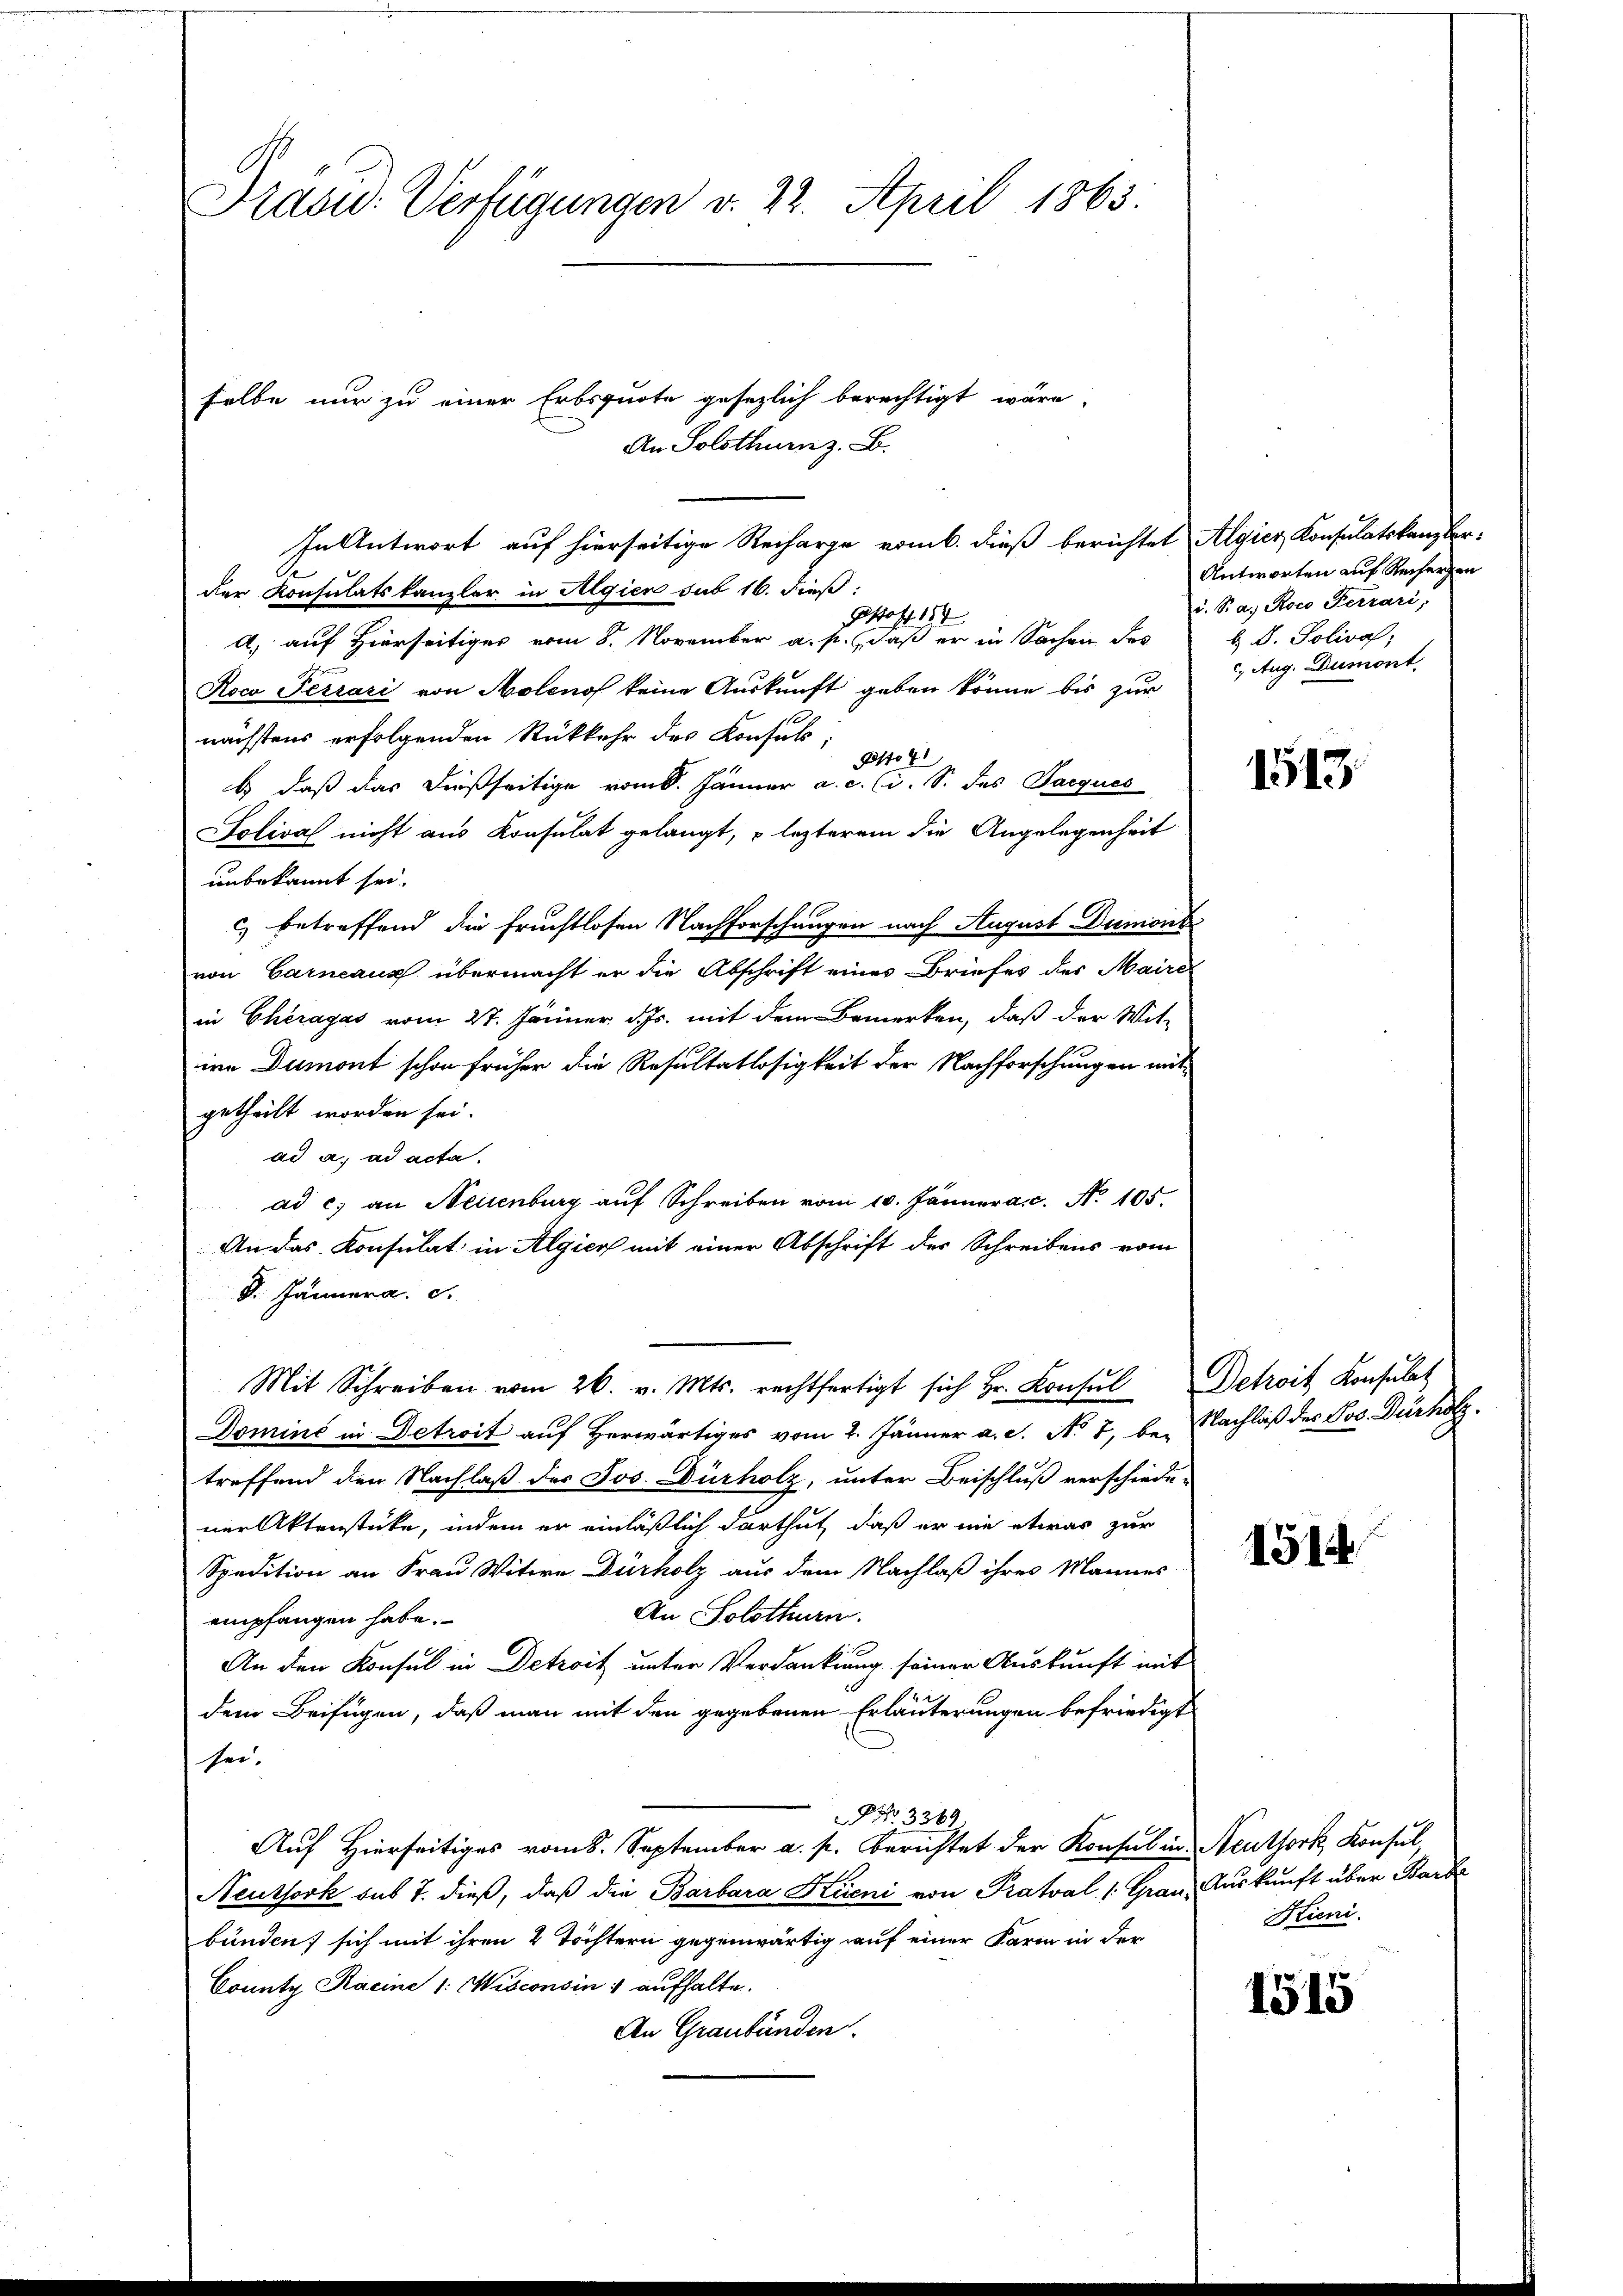
Prasid. Verfügungen v. 22. April 1863.

selbe nur zu einer Erbsquote gesezlich berechtigt wäre,
An Solothurn z. B.

In Antwort auf hierseitige Recharge vom 6. dieß berichtet Algier Konsulatskanzler-
der Konsulatskanzler in Algien sub 16. dieß:
Gstoff 194
A. auf Hierseitiges vom 8. November a. p., daß er in Sachen des
Roca Terrari von Moleno keine Auskunft geben könne bis zur
nächstens erfolgenden Rückkehr des Konsul-
Post 4
b.) daß das dießseitige vom 8. Jänner a. c. (s. S. des Jacques
olival nicht aus Konsulat gelangt, lezterem die Angelegenheit
unbekannt sei.
 betreffend die Fruchtlosen Nachforschungen nach August Dumont
von Garneaux übermacht er die Abschrift eines Briefes des Maire
in Cherayas vom 27. Jänner d. Js. mit dem Bemerken, daß der Wit-
ire Dumont schon früher die Resultatlosigkeit der Nachforschungen mit
getheilt worden sei.
ad a. ad acta.
ad c) an Neuenburg auf Schreiben vom 10. Jänner a.c. No. 105.
An das Konsulat in Algier mit einer Abschrift des Schreibens vom
D. Jännera. S.
Mit Schreiben vom 26. v. Mts. rechtfertigt sich Hr. Konsŭl Petroit Konsulat
Domini in Detroit auf Herwärtiges vom 2. Jänner a. c. No. 7, be- Nachlaß des Jos. Dürholz
treffend den Nachlaß des Jos. Dürholz, unter Beischluß verschiede-
ner Aktenstücke, indem er einläßlich darthut, daß er nie etwas zur
Spedition an Frau Witwe Dürholz aus dem Nachlaß ihres Mannes
An Solothurn.
empfangen habe.
An den Konsul in Detroit unter Verdankung seiner Auskunft mit
dem Beifügen, daß man mit den gegebenen Erläuterungen befriedigt
sei.
No 3369
Auf Hierseitiges vom 8. September a. p. berichtet der Konsul in Neuthork, Konsul
Neuthork sub 7. dieß, daß die Barbara Kuoni von Pratval 1: Grau, Auskunft über Barbe
bünden; sich mit ihren 4 Töchtern gegenwärtig auf einer Farm in der
County Kacine 1: Wisconsin: aufhalte.
An Graubünden.

Antworten auf Recherzen
u. S. a., Roco Ferrari;
b. d. Soliva,
c. Aug. Dumont

1513

1514

Kieni.

1515